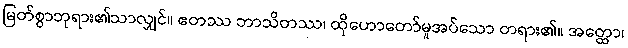
မြတ်စွာဘုရား၏သာလျှင်။ ဧတဿ ဘာသိတဿ၊ ထိုဟောတော်မူအပ်သော တရား၏။ အတ္ထော၊